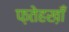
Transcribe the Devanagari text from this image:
फ़तेहख़ाँ